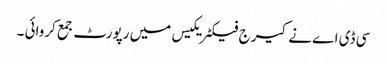
سی ڈی اے نے کیرج فیکٹریکیس میں رپورٹ جمع کروائی ۔